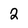
Character: 2